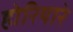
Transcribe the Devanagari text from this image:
होरियारे